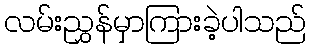
လမ်းညွှန်မှာကြားခဲ့ပါသည်